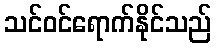
သင်ဝင်ရောက်နိုင်သည်